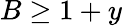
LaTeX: B\geq 1+y